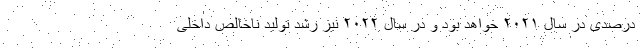
درصدی در سال ۲۰۲۱ خواهد بود و در سال ۲۰۲۲ نیز رشد تولید ناخالص داخلی